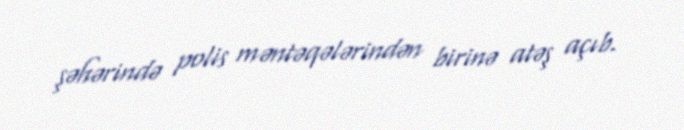
şəhərində polis məntəqələrindən birinə atəş açıb.